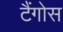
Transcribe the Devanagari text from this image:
टैंगोस